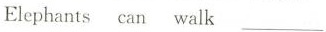
Elephants can walk___